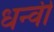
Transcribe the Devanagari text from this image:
धन्वी